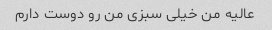
عالیه من خیلی سبزی من رو دوست دارم